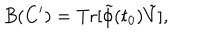
LaTeX: B ( C ^ { \prime } ) = \mathrm { T r } [ \tilde { \phi } ( t _ { 0 } ) \tilde { V } ] ,